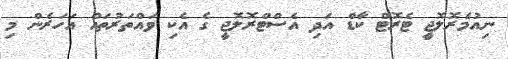
ނިއުމެރޮލޮޖީ ޓެރޮޓް ކާޑް އަދި އެސްޓްރޮލޮޖީ ގެ އެކި ވައްތަރުތައް އަހަރެން މި